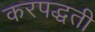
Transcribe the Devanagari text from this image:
करपद्धती